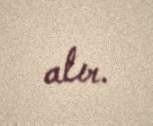
alır.